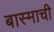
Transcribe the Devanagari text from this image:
बास्माची